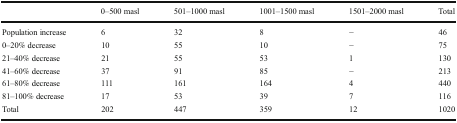
<table><thead><tr><td></td><td><b>0–500 masl</b></td><td><b>501–1000 masl</b></td><td><b>1001–1500 masl</b></td><td><b>1501–2000 masl</b></td><td><b>Total</b></td></tr></thead><tbody><tr><td>Population increase</td><td>6</td><td>32</td><td>8</td><td>−</td><td>46</td></tr><tr><td>0–20% decrease</td><td>10</td><td>55</td><td>10</td><td>−</td><td>75</td></tr><tr><td>21–40% decrease</td><td>21</td><td>55</td><td>53</td><td>1</td><td>130</td></tr><tr><td>41–60% decrease</td><td>37</td><td>91</td><td>85</td><td>−</td><td>213</td></tr><tr><td>61–80% decrease</td><td>111</td><td>161</td><td>164</td><td>4</td><td>440</td></tr><tr><td>81–100% decrease</td><td>17</td><td>53</td><td>39</td><td>7</td><td>116</td></tr><tr><td>Total</td><td>202</td><td>447</td><td>359</td><td>12</td><td>1020</td></tr></tbody></table>